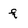
Character: f